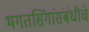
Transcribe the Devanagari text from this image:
भगतसिंगांसंबंधीचे